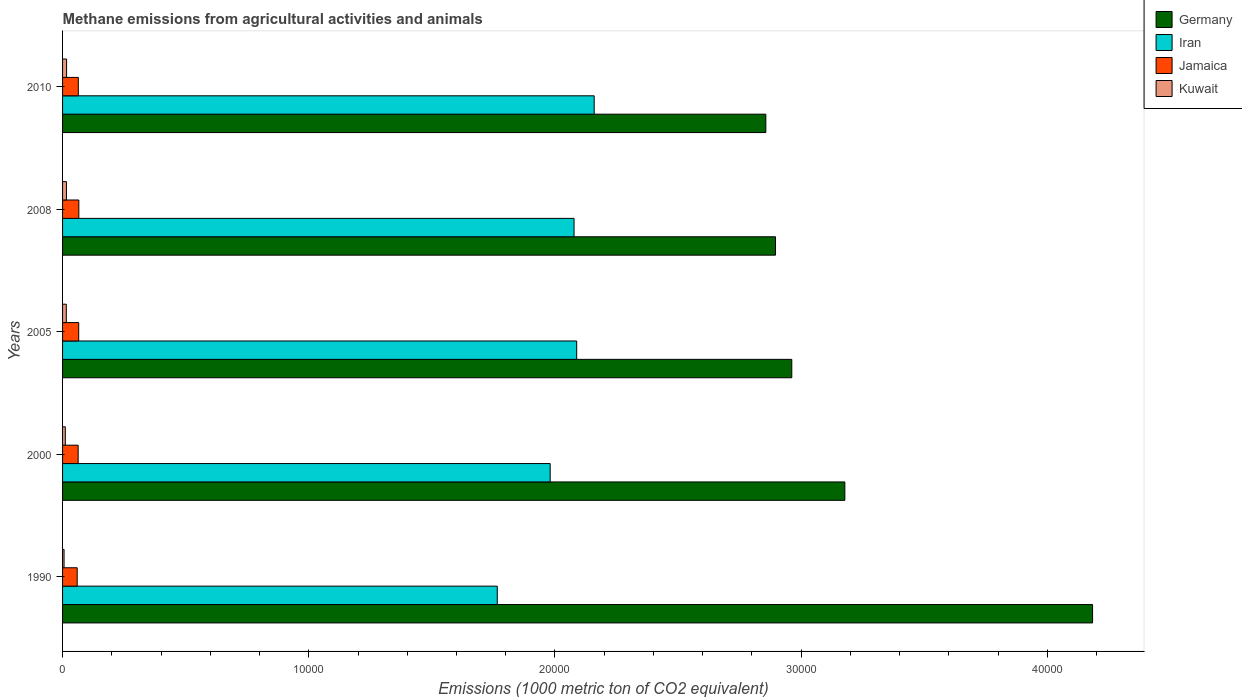
| Years | Germany | Iran | Jamaica | Kuwait |
 | --- | --- | --- | --- | --- |
 | 1990 | 4.18e+04 | 1.77e+04 | 594 | 60.5 |
 | 2000 | 3.18e+04 | 1.98e+04 | 633 | 112 |
 | 2005 | 2.96e+04 | 2.09e+04 | 656 | 152 |
 | 2008 | 2.9e+04 | 2.08e+04 | 661 | 158 |
 | 2010 | 2.86e+04 | 2.16e+04 | 639 | 163 |